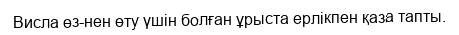
Висла өз-нен өту үшін болған ұрыста ерлікпен қаза тапты.